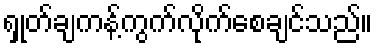
ရှုတ်ချကန့်ကွက်လိုက်စေချင်သည်။